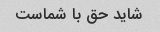
شاید حق با شماست